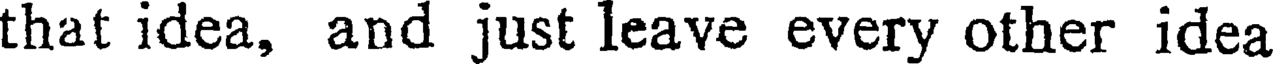
that idea, and just leave every other idea